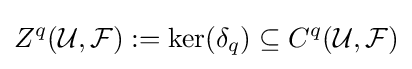
Z^{q}({\mathcal {U}},{\mathcal {F}}):=\ker(\delta _{q})\subseteq C^{q}({\mathcal {U}},{\mathcal {F}})